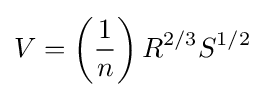
V=\left({\dfrac {1}{n}}\right)R^{2/3}S^{1/2}